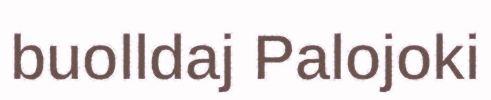
buolldaj Palojoki